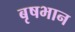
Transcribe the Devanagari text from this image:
बृषभान